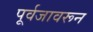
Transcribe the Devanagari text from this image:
पूर्वजावरून